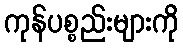
ကုန်ပစ္စည်းများကို